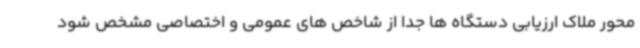
محور ملاک ارزیابی دستگاه ها جدا از شاخص های عمومی و اختصاصی مشخص شود